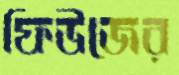
ফিউজের